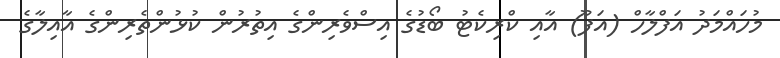
މުހައްމަދު އަފްލާހް (އަފޫ) އާއި ކްރިކެޓު ބޯޑުގެ އިސްވެރިންގެ އިތުރުން ކުޅުންތެރިންގެ އާއިލާގެ